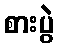
စားပွဲ